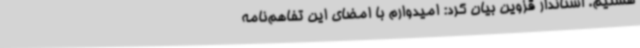
هستیم. استاندار قزوین بیان کرد: امیدوارم با امضای این تفاهم‌نامه